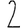
Digit: 2